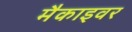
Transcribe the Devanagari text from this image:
मैकाइवर